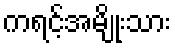
ကရင့်အမျိုးသား